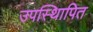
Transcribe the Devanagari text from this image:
उपस्थिापित